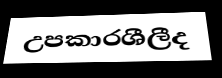
උපකාරශීලීද